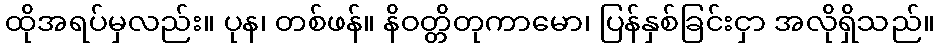
ထိုအရပ်မှလည်း။ ပုန၊ တစ်ဖန်။ နိဝတ္တိတုကာမော၊ ပြန်နှစ်ခြင်းငှာ အလိုရှိသည်။